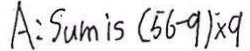
A : S u m i s ( 5 6 - 9 ) \times 9